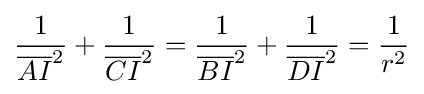
{\frac {1}{{\overline {AI}}^{2}}}+{\frac {1}{{\overline {CI}}^{2}}}={\frac {1}{{\overline {BI}}^{2}}}+{\frac {1}{{\overline {DI}}^{2}}}={\frac {1}{r^{2}}}